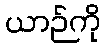
ယာဉ်ကို